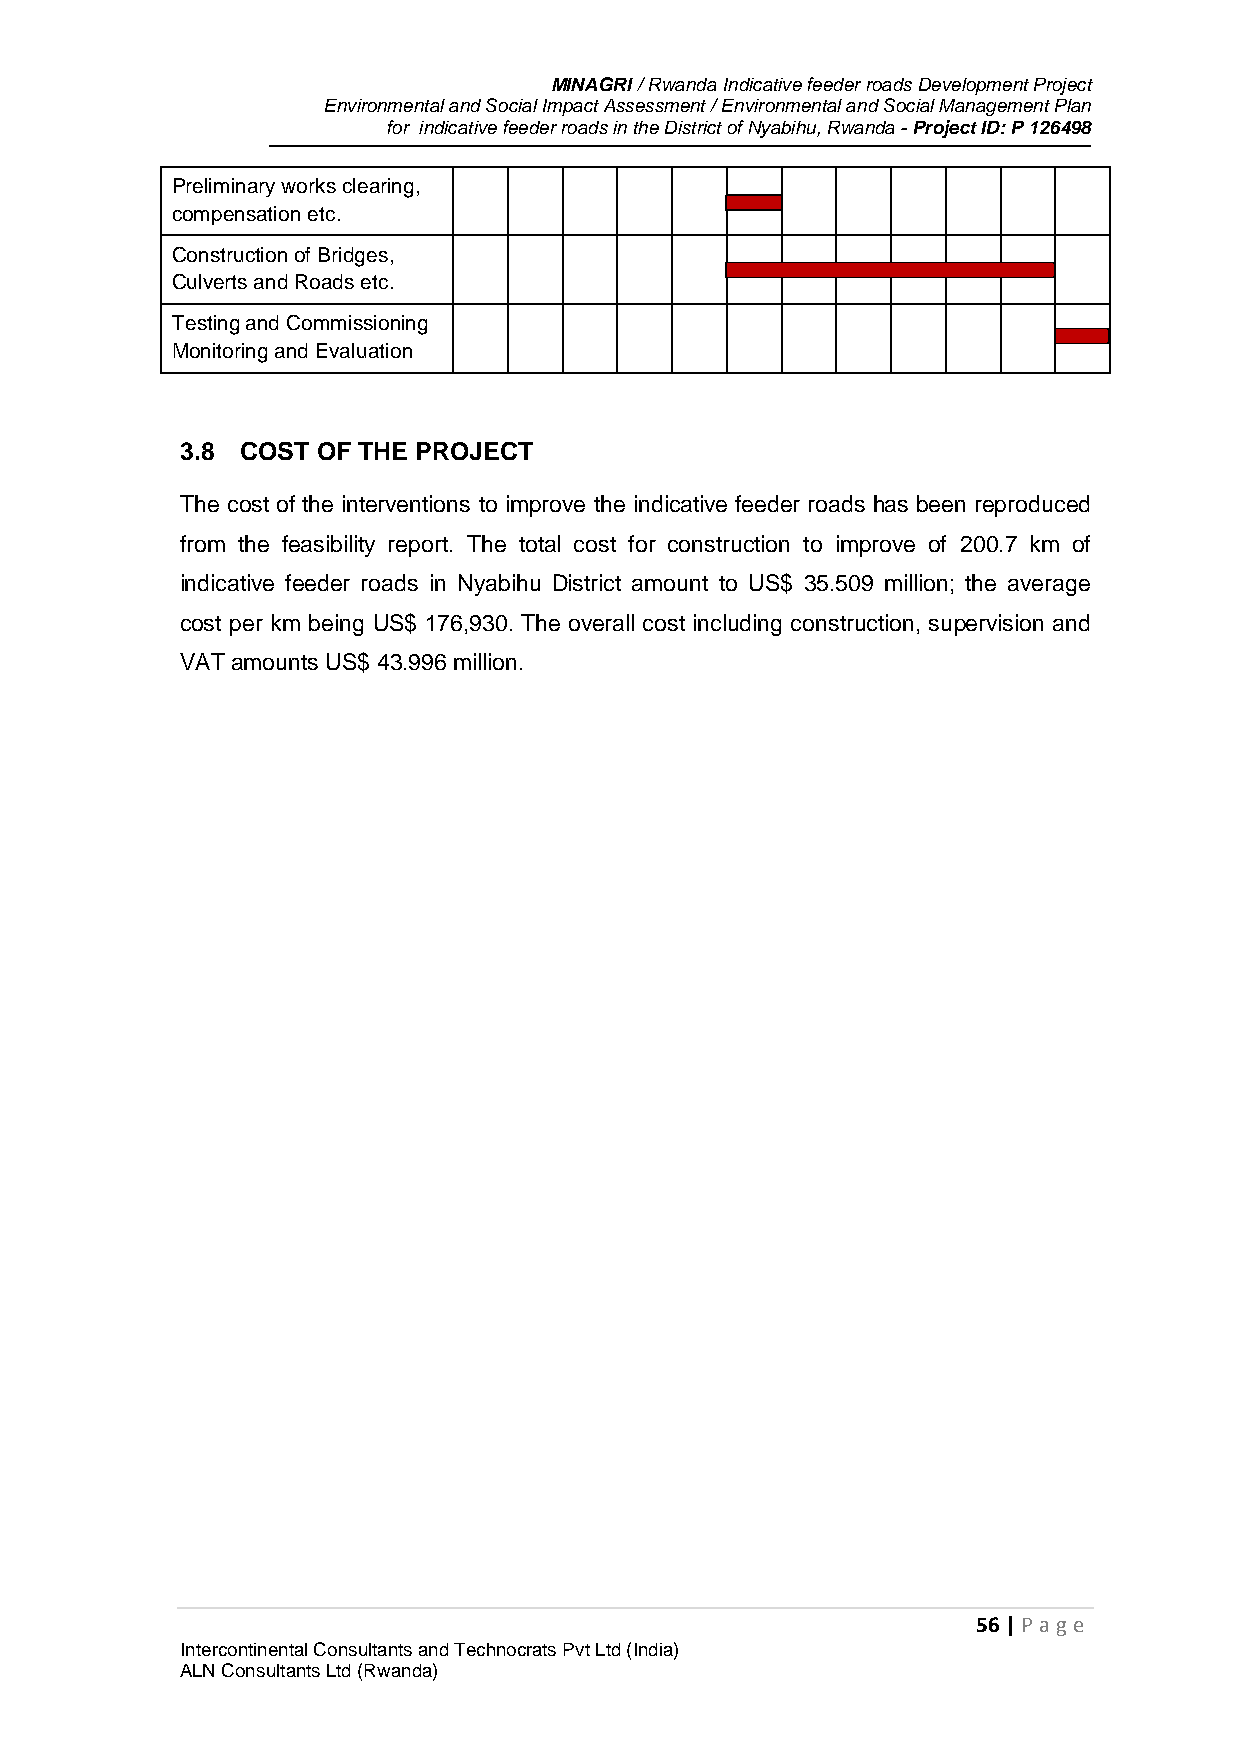
MINAGRI / Rwanda Indicative feeder roads Development Project
 Environmental and Social Impact Assessment / Environmental and Social Management Plan
 for indicative feeder roads in the District of Nyabihu, Rwanda - Project ID: P 126498
 Preliminary works clearing,
 compensation etc.
 Construction of Bridges,
 Culverts and Roads etc.
 Testing and Commissioning
 Monitoring and Evaluation
 3.8 COST OF THE PROJECT
 The cost of the interventions to improve the indicative feeder roads has been reproduced
 from the feasibility report. The total cost for construction to improve of 200.7 km of
 indicative feeder roads in Nyabihu District amount to US$ 35.509 million; the average
 cost per km being US$ 176,930. The overall cost including construction, supervision and
 VAT amounts US$ 43.996 million.
 56 | P age
 Intercontinental Consultants and Technocrats Pvt Ltd (India)
 ALN Consultants Ltd (Rwanda)